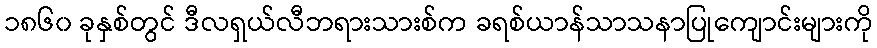
၁၈၆၀ ခုနှစ်တွင် ဒီလရှယ်လီဘရားသားစ်က ခရစ်ယာန်သာသနာပြုကျောင်းများကို